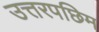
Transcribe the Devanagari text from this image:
उत्तरपछिम